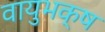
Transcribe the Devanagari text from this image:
वायुभक्ष